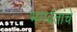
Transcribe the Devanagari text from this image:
भगवंतांचे